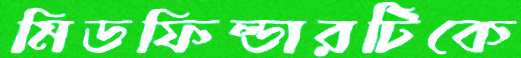
মিডফিল্ডারটিকে